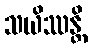
သယိဿန္တိ